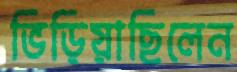
ভিড়িয়াছিলেন